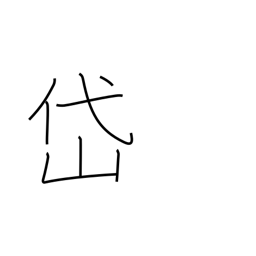
Meaning: Taishan